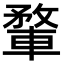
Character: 𨍎